Indian journal of veterinary science and animal husbandry - Volume 11,
Year: 1941
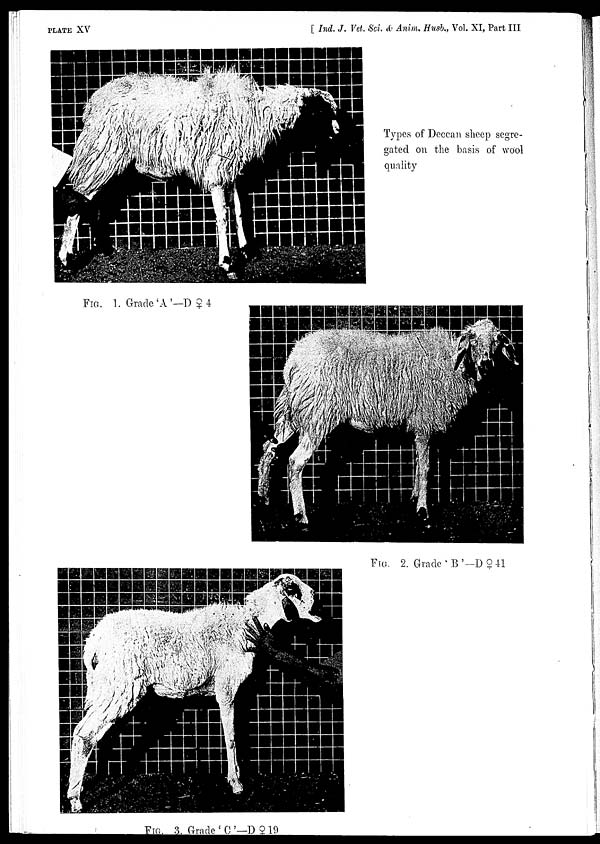
PLATE
XV
[ Ind. J. Vet. Sci. & Anim. Husb, Vol. XI, Part III
Types of Deccan sheep segre
gated on the basis of wool
quality
FIG. 1. Grade'A'—D ♀ 4
FIG. 2. Grade ' B '—D ♀ 41
FIG. 3. Grade ' C '— D ♀ 19